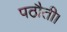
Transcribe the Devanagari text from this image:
पठौती।